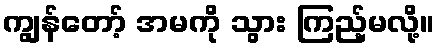
ကျွန်တော့် အမကို သွား ကြည့်မလို့။